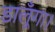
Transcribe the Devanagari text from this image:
डालूँगा।